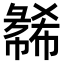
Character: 𫹇